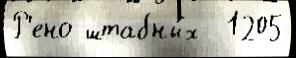
Р'ено штабны́х  1205